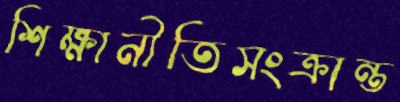
শিক্ষানীতিসংক্রান্ত